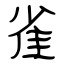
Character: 雀